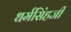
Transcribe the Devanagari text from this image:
धर्मसिंहजी